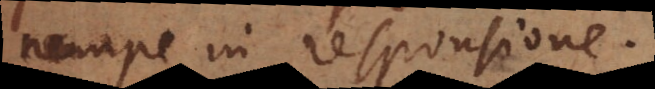
nempe in responsione.